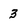
Character: 3